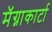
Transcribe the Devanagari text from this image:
मॅग्नाकार्टा